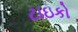
ટાઇકો